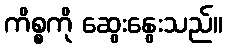
ကိစ္စကို ဆွေးနွေးသည်။